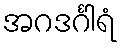
အဂဒင်္ဂါရံ